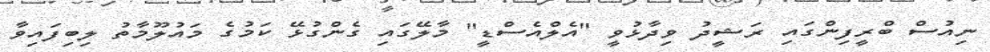
ނިއުސް ބްރީފިންގައި ރަޝީދު ވިދާޅުވީ "އެލްއެސްޑީ" މާލޭގައި ގެންގުޅޭ ކަމުގެ މައުލޫމާތު ލިބިފައިވާ